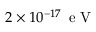
2 \times 1 0 ^ { - 1 7 } \, \textrm { e V }